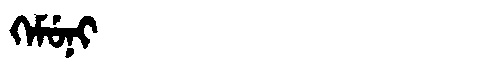
Manchu: ᡴᡝᠮᡠᠨᡳ
Romanization: KEMUNI